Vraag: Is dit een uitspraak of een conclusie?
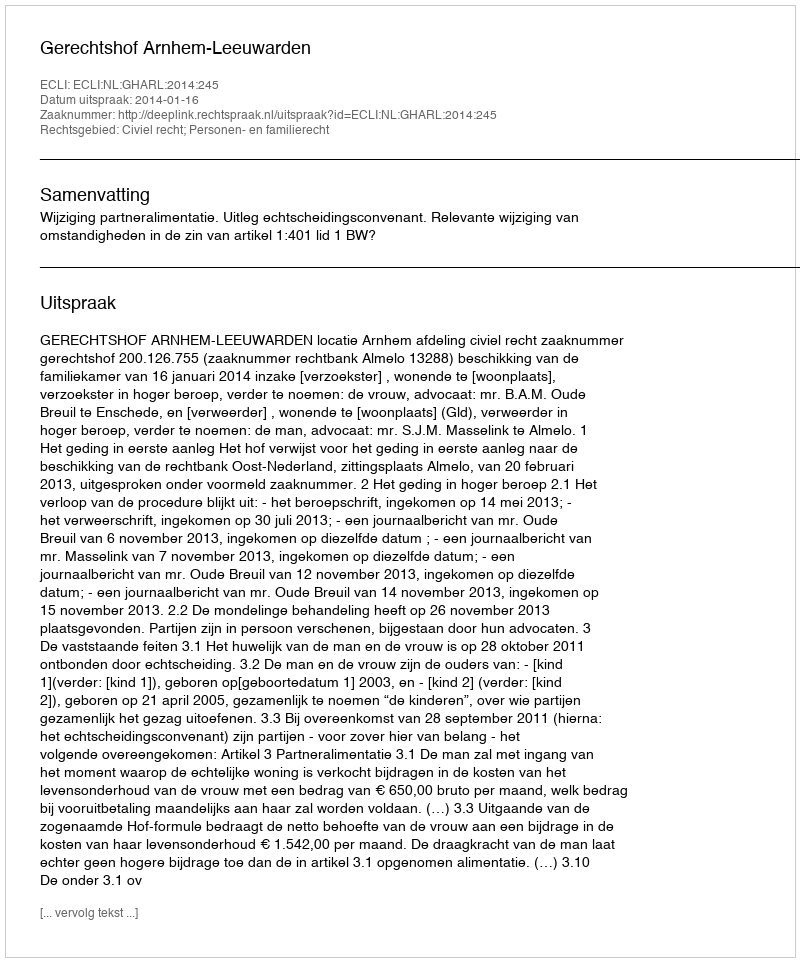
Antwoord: Uitspraak